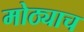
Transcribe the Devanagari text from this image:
मोठ्याच